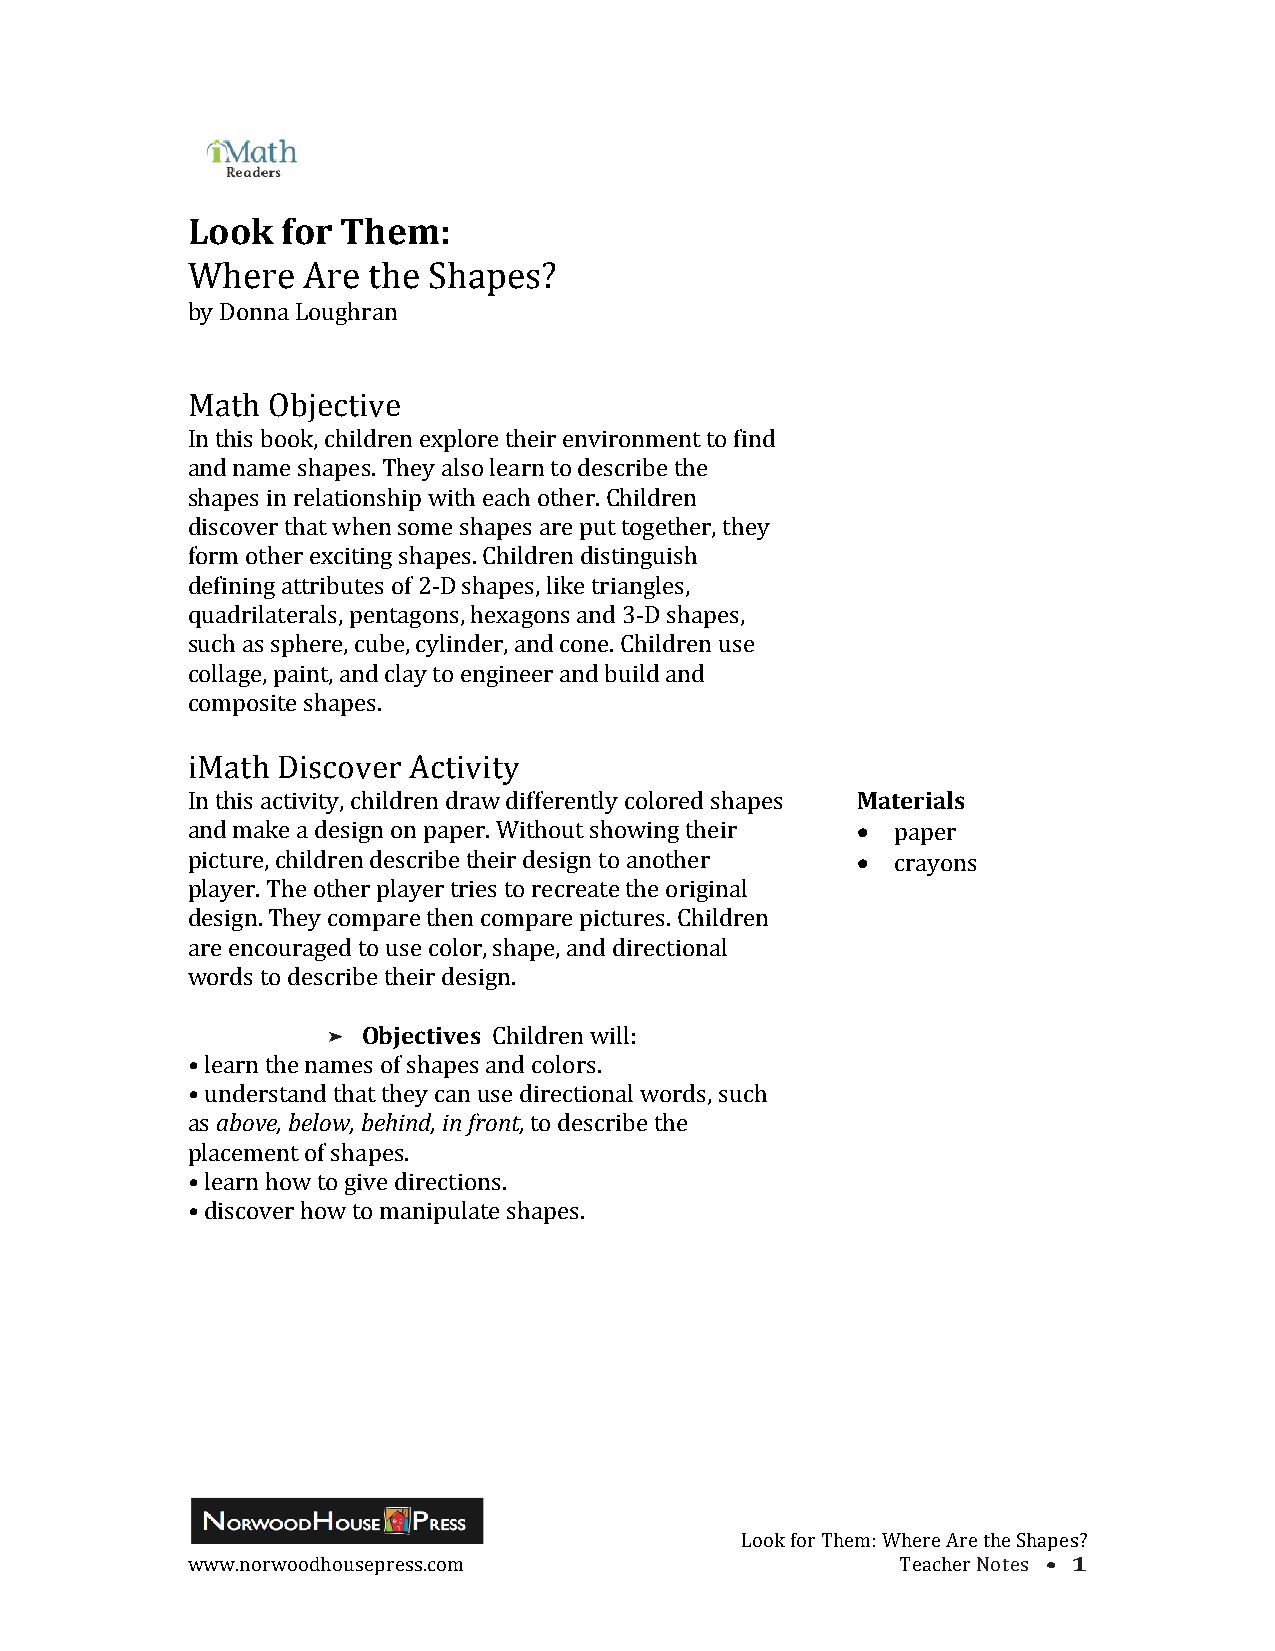
Look   for Them:
 Where   Are the Shapes?
 by Donna Loughran
 Math  Objective
 In this book, children explore their environment to find
 and name shapes. They also learn to describe the
 shapes in relationship with each other. Children
 discover that when some shapes are put together, they
 form other exciting shapes. Children distinguish
 defining attributes of 2-­‐D shapes, like triangles,
 quadrilaterals, pentagons, hexagons and 3-­‐D shapes,
 such as sphere, cube, cylinder, and cone. Children use
 collage, paint, and clay to engineer and build and
 composite shapes.
 iMath Discover Activity
 In this activity, children draw differently colored shapes Materials
 and make a design on paper. Without showing their • paper
 picture, children describe their design to another • crayons
 player. The other player tries to recreate the original
 design. They compare then compare pictures. Children
 are encouraged to use color, shape, and directional
 words to describe their design.
 Objectives Children will:
 • learn the names of shapes and colors.
 • understand that they can use directional words, such
 as above, below, behind, in front, to describe the
 placement of shapes.
 • learn how to give directions.
 • discover how to manipulate shapes.
 Look for Them: Where Are the Shapes?
 www.norwoodhousepress.com                       Teacher Notes • 1